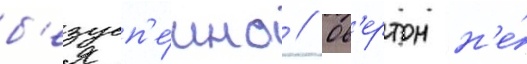
б'езусп'е́шно // Ов'ертон н'е́